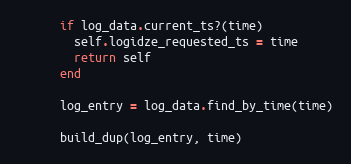
Language: Ruby
      if log_data.current_ts?(time)
        self.logidze_requested_ts = time
        return self
      end

      log_entry = log_data.find_by_time(time)

      build_dup(log_entry, time)